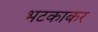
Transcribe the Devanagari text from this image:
भटकाकर